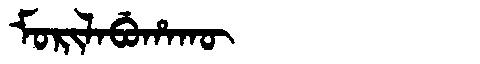
Manchu: ᠮᠣᡵᡳᠯᠠᠪᡠᡥᠠᡴᡡ
Romanization: MORILABUHAKŪ